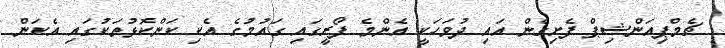
ޗެމްޕިއަންޝިޕް ފެށިގެން އައި ދުވަހަކީ އެންމެ ފޯރީގައި ގައުމުގެ އެކި ކަންކޮޅުތަކުގައި އެކަން